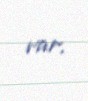
var.